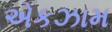
એકઝામ